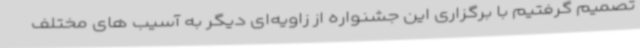
تصمیم گرفتیم با برگزاری این جشنواره از زاویه‌ای دیگر به آسیب های مختلف